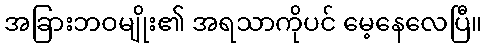
အခြားဘဝမျိုး၏ အရသာကိုပင် မေ့နေလေပြီ။